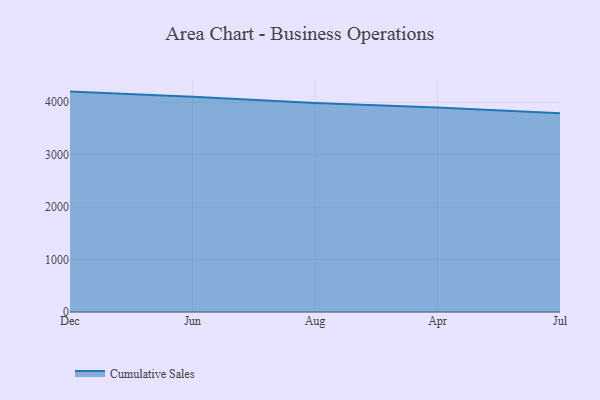
{"axis": {"x": "Month", "y": "Backlog"}, "legend": ["Cumulative Sales"], "data": [{"x": "Dec", "y": 4202.2, "type": "Cumulative Sales"}, {"x": "Jun", "y": 4102.9, "type": "Cumulative Sales"}, {"x": "Aug", "y": 3983.4, "type": "Cumulative Sales"}, {"x": "Apr", "y": 3898.2, "type": "Cumulative Sales"}, {"x": "Jul", "y": 3790.4, "type": "Cumulative Sales"}]}